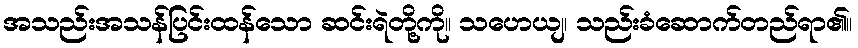
အသည်းအသန်ပြင်းထန်သော ဆင်းရဲတို့ကို။ သဟေယျ၊ သည်းခံဆောက်တည်ရာ၏။